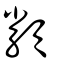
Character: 纇